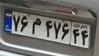
۷۶م۴۷۶۴۴